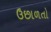
ઉછાળતો